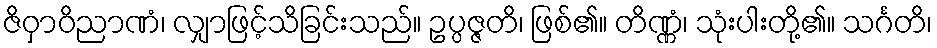
ဇိဝှာဝိညာဏံ၊ လျှာဖြင့်သိခြင်းသည်။ ဥပ္ပဇ္ဇတိ၊ ဖြစ်၏။ တိဏ္ဏံ၊ သုံးပါးတို့၏။ သင်္ဂတိ၊